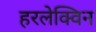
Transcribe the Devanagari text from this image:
हरलेक्विन